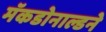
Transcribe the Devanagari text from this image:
मॅकडोनाल्डने